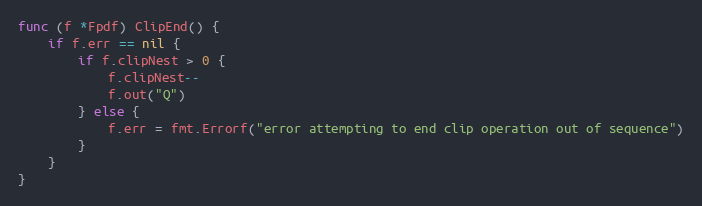
Language: Go
func (f *Fpdf) ClipEnd() {
	if f.err == nil {
		if f.clipNest > 0 {
			f.clipNest--
			f.out("Q")
		} else {
			f.err = fmt.Errorf("error attempting to end clip operation out of sequence")
		}
	}
}